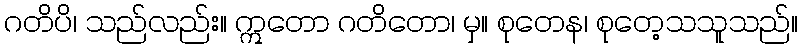
ဂတိပိ၊ သည်လည်း။ ဣတော ဂတိတော၊ မှ။ စုတေန၊ စုတေ့သသူသည်။